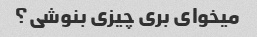
میخوای بری چیزی بنوشی؟